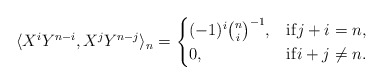
\begin{align*} \langle X^iY^{n-i}, X^jY^{n-j} \rangle_n =\begin{cases} (-1)^i\binom{n}{i}^{-1}, & {\rm if } j+i=n, \\ 0, & {\rm if } i+j\neq n. \end{cases} \end{align*}